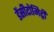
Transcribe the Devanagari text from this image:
डेंसीटोमिट्री